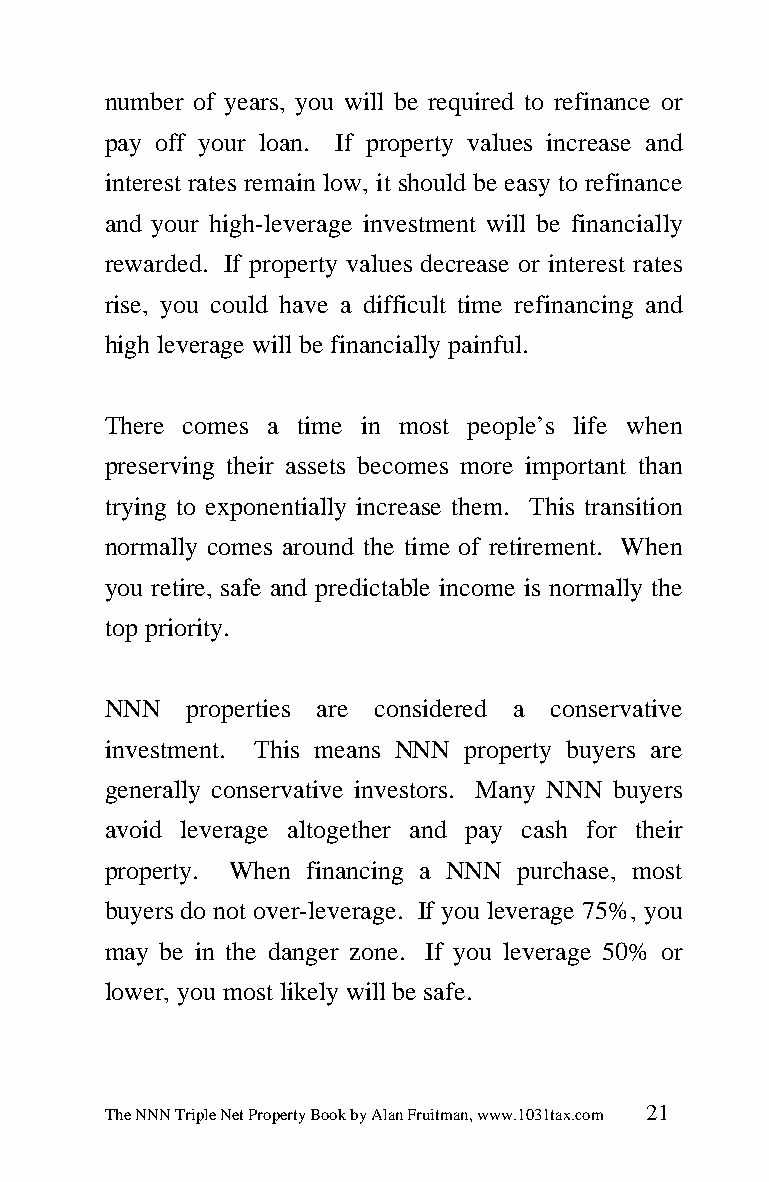
number of years, you will be required to refinance or
 pay off your loan. If property values increase and
 interest rates remain low, it should be easy to refinance
 and your high-leverage investment will be financially
 rewarded. If property values decrease or interest rates
 rise, you could have a difficult time refinancing and
 high leverage will be financially painful.
 There comes a time in most people’s life when
 preserving their assets becomes more important than
 trying to exponentially increase them. This transition
 normally comes around the time of retirement. When
 you retire, safe and predictable income is normally the
 top priority.
 NNN   properties are considered a conservative
 investment. This means NNN property buyers are
 generally conservative investors. Many NNN buyers
 avoid leverage altogether and pay cash for their
 property. When financing a NNN purchase, most
 buyers do not over-leverage. If you leverage 75%, you
 may be in the danger zone. If you leverage 50% or
 lower, you most likely will be safe.
 The NNN Triple Net Property Book by Alan Fruitman, www.1031tax.com 21